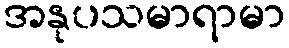
အနုပသမာရာမာ